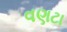
વણટા